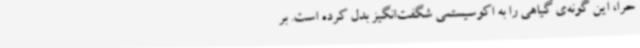
حرا، این گونه‌ی گیاهی را به اکوسیستمی شگفت‌انگیز بدل کرده است. بر